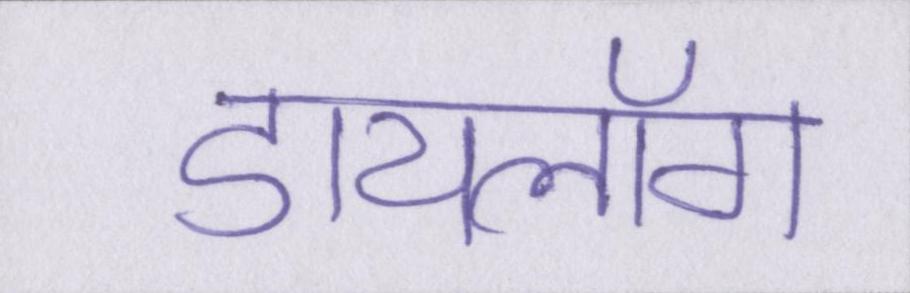
डायलॉग